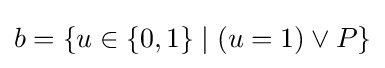
b=\{u\in \{0,1\}\mid (u=1)\lor P\}